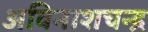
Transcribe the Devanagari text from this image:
अविनाशचन्द्र